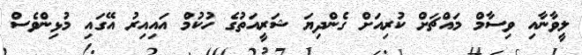
ލީވާނާއި ވިސާމް މައްޗަށް ކުރިއަށް ގެންދިޔަ ޝަރީއަތުގެ ހުކުމް އައިއިރު އޭގައި މުޅިންވެސް